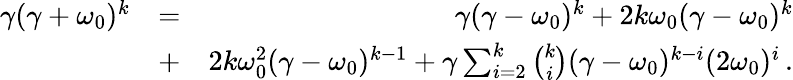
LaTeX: \begin{array}{rlr}{\gamma(\gamma+\omega_{0})^{k}}&{=}&{\gamma(\gamma-\omega_{0})^{k}+2k\omega_{0}(\gamma-\omega_{0})^{k}}\\ &{+}&{2k\omega_{0}^{2}(\gamma-\omega_{0})^{k-1}+\gamma\sum_{i=2}^{k}\binom{k}{i}(\gamma-\omega_{0})^{k-i}(2\omega_{0})^{i}\, .}\end{array}